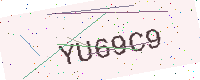
Text: YU69C9